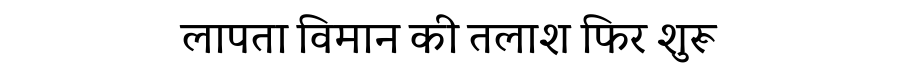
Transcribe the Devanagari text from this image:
लापता विमान की तलाश फिर शुरू